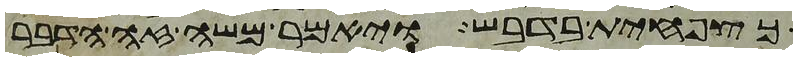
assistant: כצפחית בדבש ויאמר משה זה הדבר